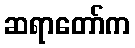
ဆရာတော်က